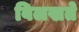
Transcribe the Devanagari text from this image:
बिलखते